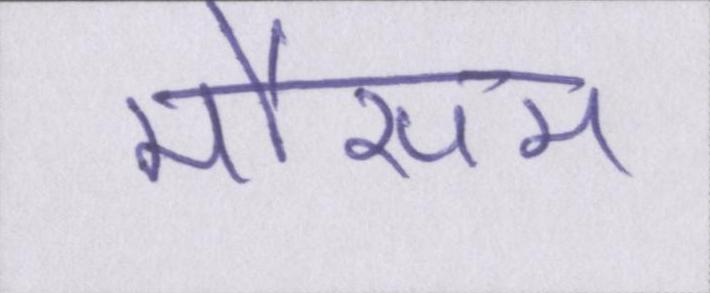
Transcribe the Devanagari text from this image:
मौसम